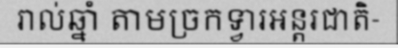
រាល់ឆ្នាំ តាមច្រកទ្វារអន្តរជាតិ-